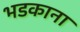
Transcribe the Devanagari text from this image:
भडकाना